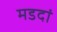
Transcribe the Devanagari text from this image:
मडदां